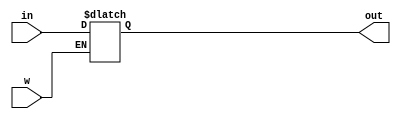
module reg32(in,out,w);
    input [31:0] in;
    input w;
    output reg [31:0] out;
    initial out = 0;
    always@(*) 
        if (w) out <= in;
endmodule